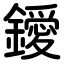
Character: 鑀